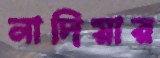
নাদিয়ার